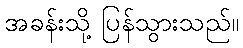
အခန်းသို့ ပြန်သွားသည်။